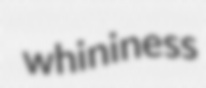
whininess